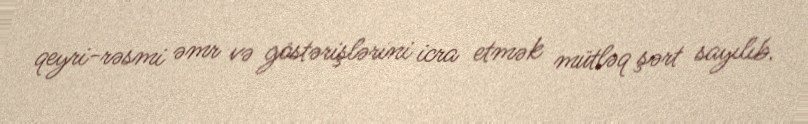
qeyri-rəsmi əmr və göstərişlərini icra etmək mütləq şərt sayılıb.